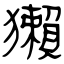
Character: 獺